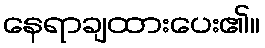
နေရာချထားပေး၏။